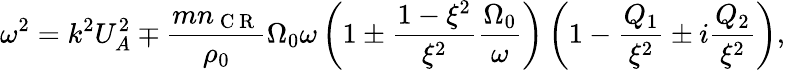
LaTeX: \omega^{2}=k^{2}U_{A}^{2}\mp\frac{mn_{\mathrm{~C~R~}}}{\rho_{0}}\Omega_{0}\omega\left(1\pm\frac{1-\xi^{2}}{\xi^{2}}\frac{\Omega_{0}}{\omega}\right)\left(1-\frac{Q_{1}}{\xi^{2}}\pm i\frac{Q_{2}}{\xi^{2}}\right),